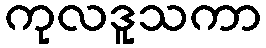
ကုလဒူသကာ